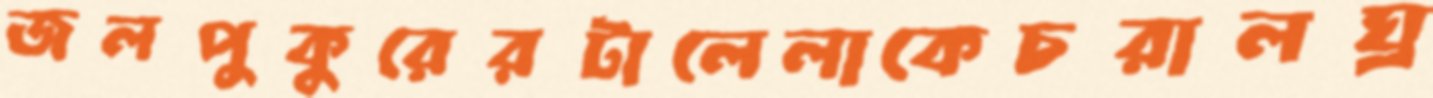
জলপুকুরেরটালেলাকেচরালঘ্র